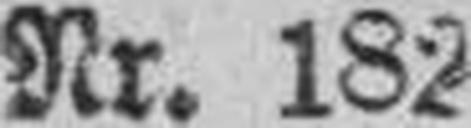
Nr. 182